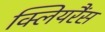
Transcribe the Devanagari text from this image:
क्लियरैंस